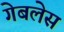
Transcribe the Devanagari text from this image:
गेबलेस